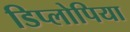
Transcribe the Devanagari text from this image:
डिप्लोपिया